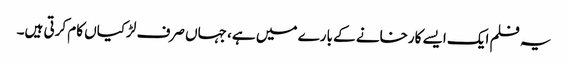
یہ فلم ایک ایسے کارخانے کے بارے میں ہے، جہاں صرف لڑکیاں کام کرتی ہیں۔